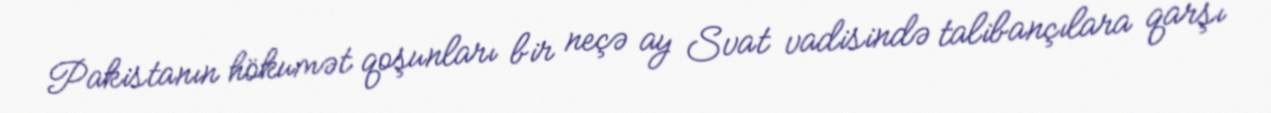
Pakistanın hökumət qoşunları bir neçə ay Svat vadisində talibançılara qarşı